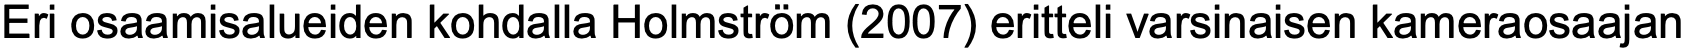
Eri osaamisalueiden kohdalla Holmström (2007) eritteli varsinaisen kameraosaajan